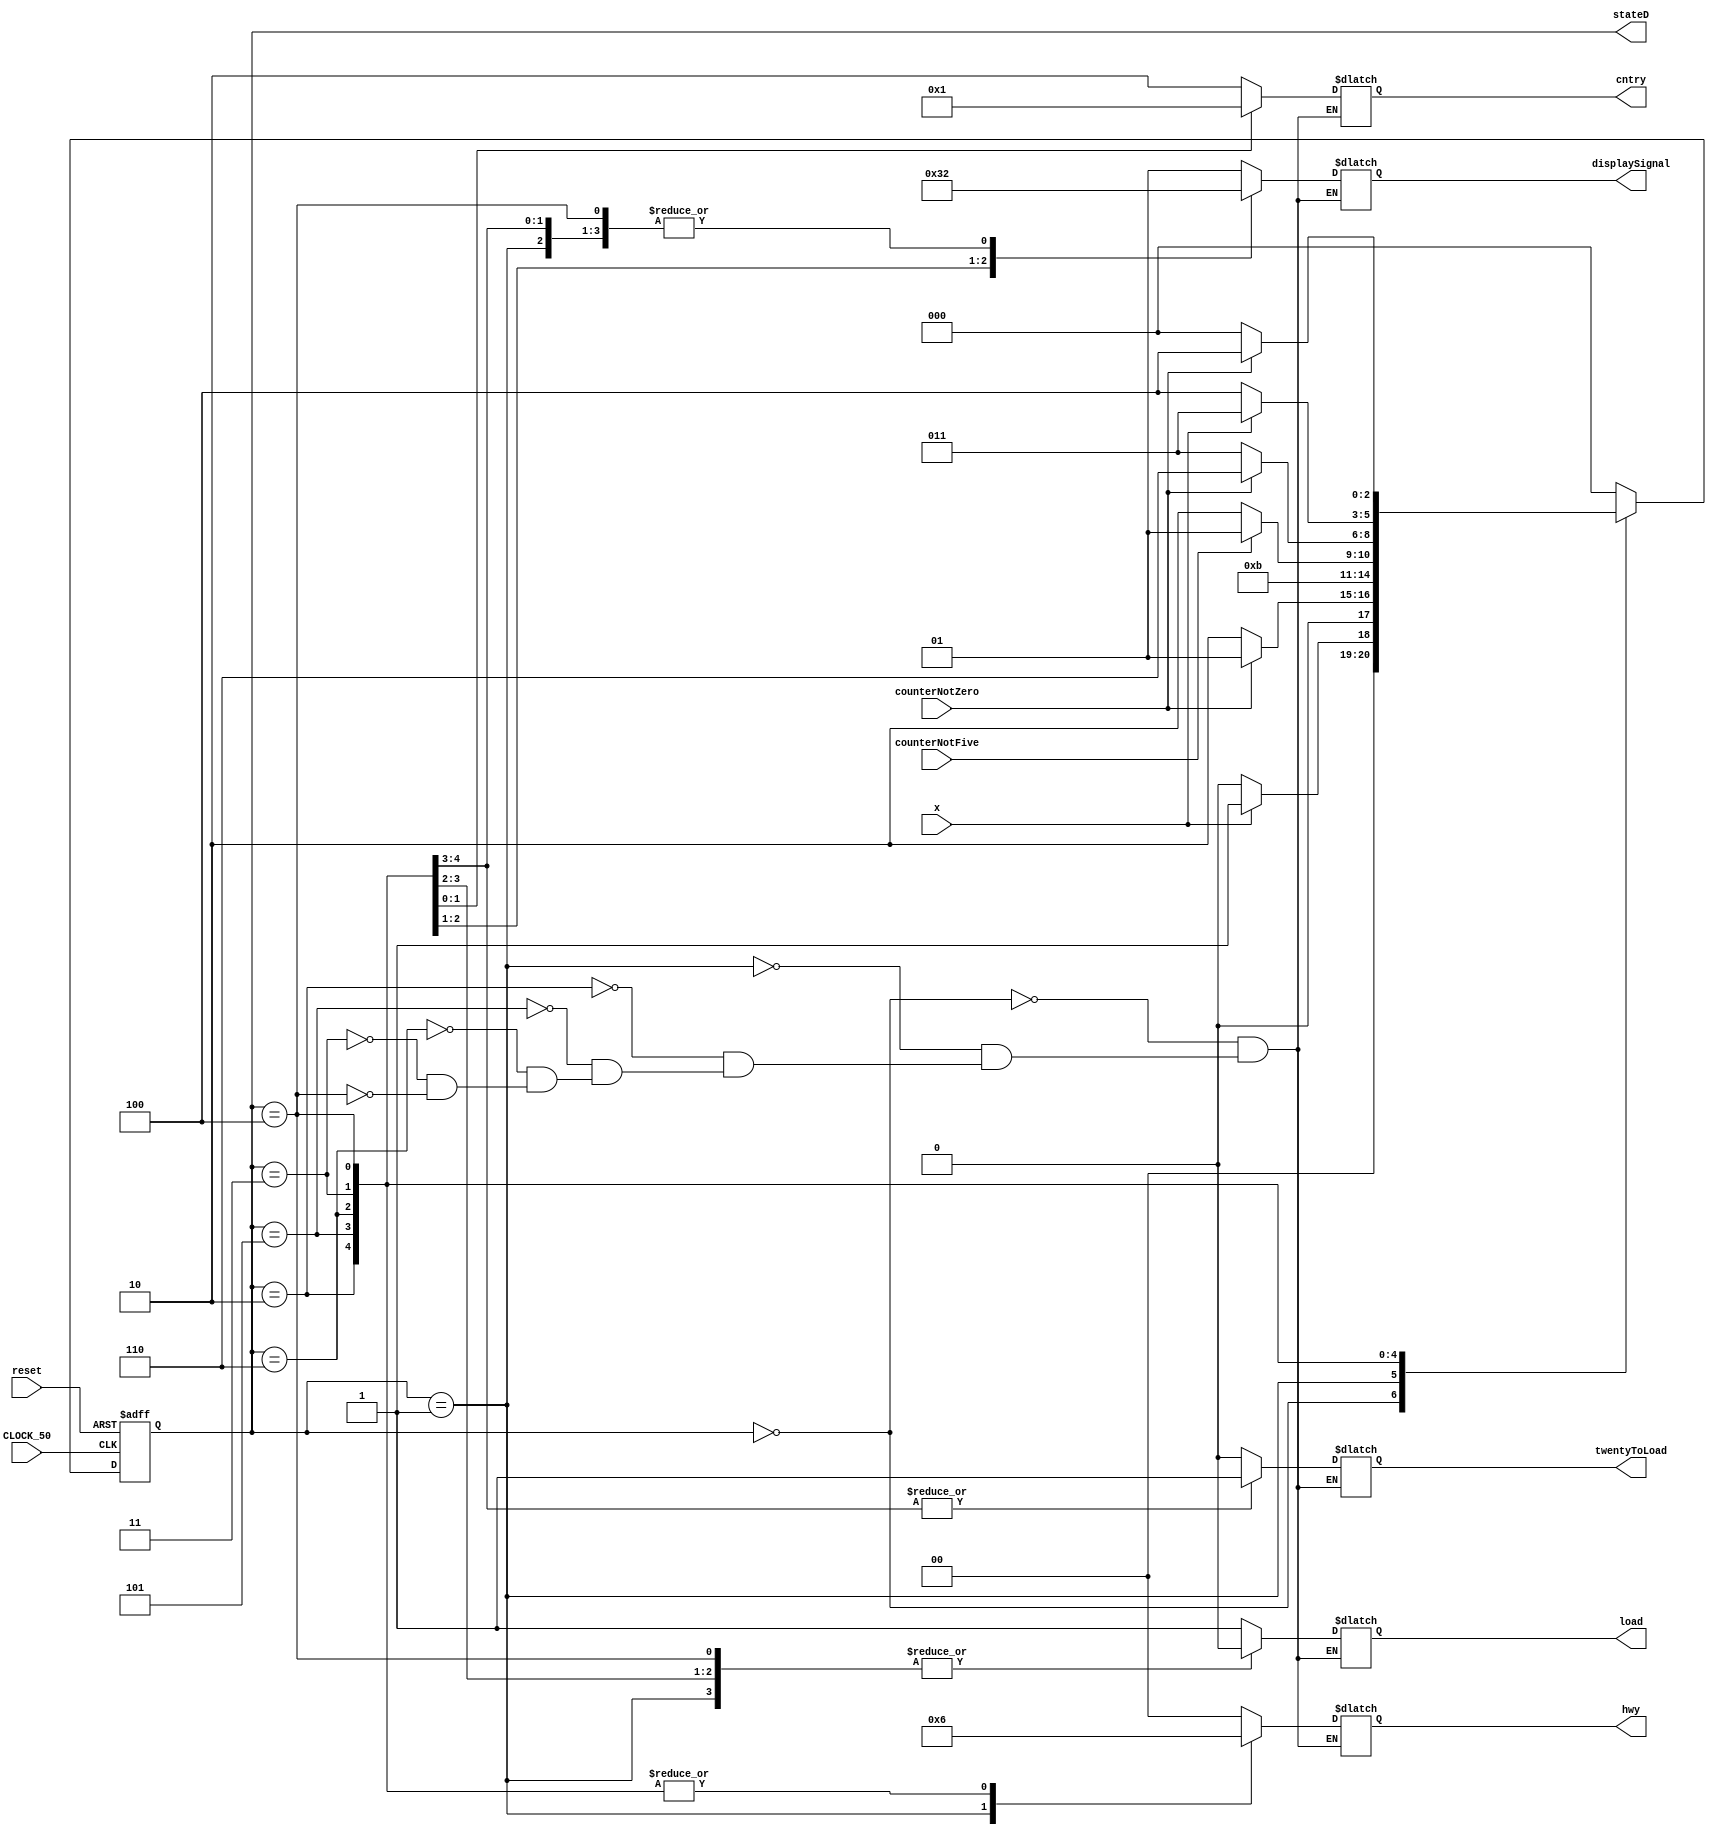
module controlUnit
(
	input CLOCK_50, reset,
	input x, // sensor X
	input counterNotZero, counterNotFive,	
	output reg load, twentyToLoad,
	output wire [2:0] stateD, //LED
	output reg [1:0] displaySignal, hwy, cntry
);

parameter Crgo = 2'b00, Hrgo = 2'b01, Timer = 2'b10, Stop = 2'b11;
parameter s0 = 3'b000, s1 = 3'b001, s2 = 3'b010, s3 = 3'b011, s4 = 3'b100, s2a = 3'b101, s2b = 3'b110;
parameter G = 2'b00, Y = 2'b01, R = 2'b10; 
reg [2:0] n_state, state;

assign stateD = state;


always@(posedge CLOCK_50, negedge reset) //clock and reset
	if(!reset)
		state <= s0;
	else
		state <= n_state;
		

always@(state, counterNotZero, counterNotFive, x)
begin
	case(state)
	s0: if(x)
			n_state = s1;
		else
			n_state = s0;
	s1:	if (counterNotZero)
			n_state = s1;
		else
			n_state = s2;
	s2: n_state = s2a;
   s2a: if (counterNotFive)
			n_state = s2a;
		else
			n_state = s2b;
   s2b: if (counterNotZero)
			n_state = s2b;
		else
			n_state = s3;
	s3: if(x)
			n_state = s3;
		else
			n_state = s4;
	s4: if (counterNotZero)
			n_state = s4;
		else
			n_state = s0;
	default: n_state = s0;
	endcase
end

always@(state)
begin
	case(state)
	s0: begin displaySignal = Hrgo;	 hwy = G; cntry = R; load = 1; twentyToLoad = 0; end
	s1: begin displaySignal = Timer; hwy = Y; cntry = R; load = 0; twentyToLoad = 0; end
	s2: begin displaySignal = Timer; hwy = R; cntry = R; load = 1; twentyToLoad = 1; end
   s2a: begin displaySignal = Timer; hwy = R; cntry = R; load = 0; twentyToLoad = 1; end
   s2b: begin displaySignal = Stop;	 hwy = R; cntry = R; load = 0; twentyToLoad = 0; end
	s3: begin displaySignal = Crgo;	 hwy = R; cntry = G; load = 1; twentyToLoad = 0; end
	s4: begin displaySignal = Timer; hwy = R; cntry = Y; load = 0; twentyToLoad = 0; end
	endcase
end
endmodule